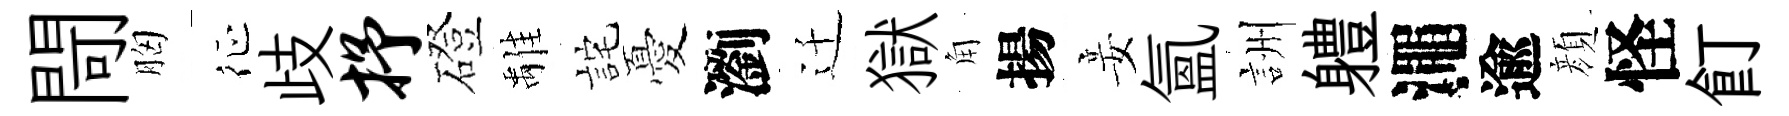
閜胸征歧抒磴𩀌詫憂瀏迁獄角揚妾氳詶軆澠逾顔怪飣